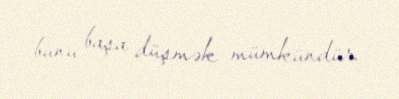
bunu başa düşmək mümkündür.